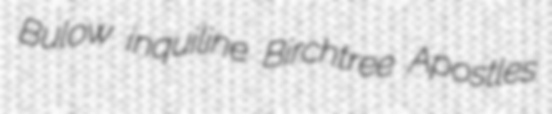
Bulow inquiline Birchtree Apostles